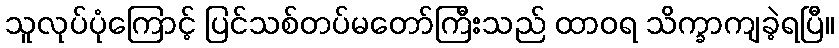
သူလုပ်ပုံကြောင့် ပြင်သစ်တပ်မတော်ကြီးသည် ထာဝရ သိက္ခာကျခဲ့ရပြီ။